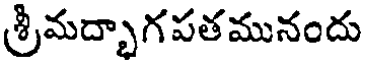
శ్రీమద్భాగపతమునందు